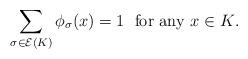
LaTeX: \begin{align*}\sum_{\sigma\in {\cal E}(K)}\phi_\sigma(x)= 1\;\mbox{ for any $x\in K$.}\end{align*}